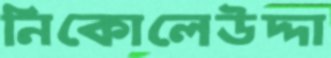
নিকোলেউদ্দা